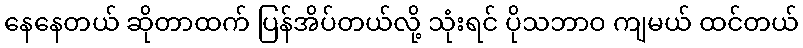
နေနေတယ် ဆိုတာထက် ပြန်အိပ်တယ်လို့ သုံးရင် ပိုသဘာဝ ကျမယ် ထင်တယ်